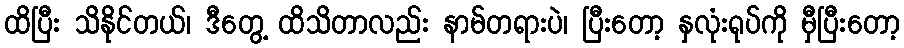
ထိပြီး သိနိုင်တယ်၊ ဒီတွေ့ ထိသိတာလည်း နာမ်တရားပဲ၊ ပြီးတော့ နှလုံးရုပ်ကို မှီပြီးတော့